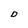
Character: D